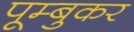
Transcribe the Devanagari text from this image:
पूम्बुकर